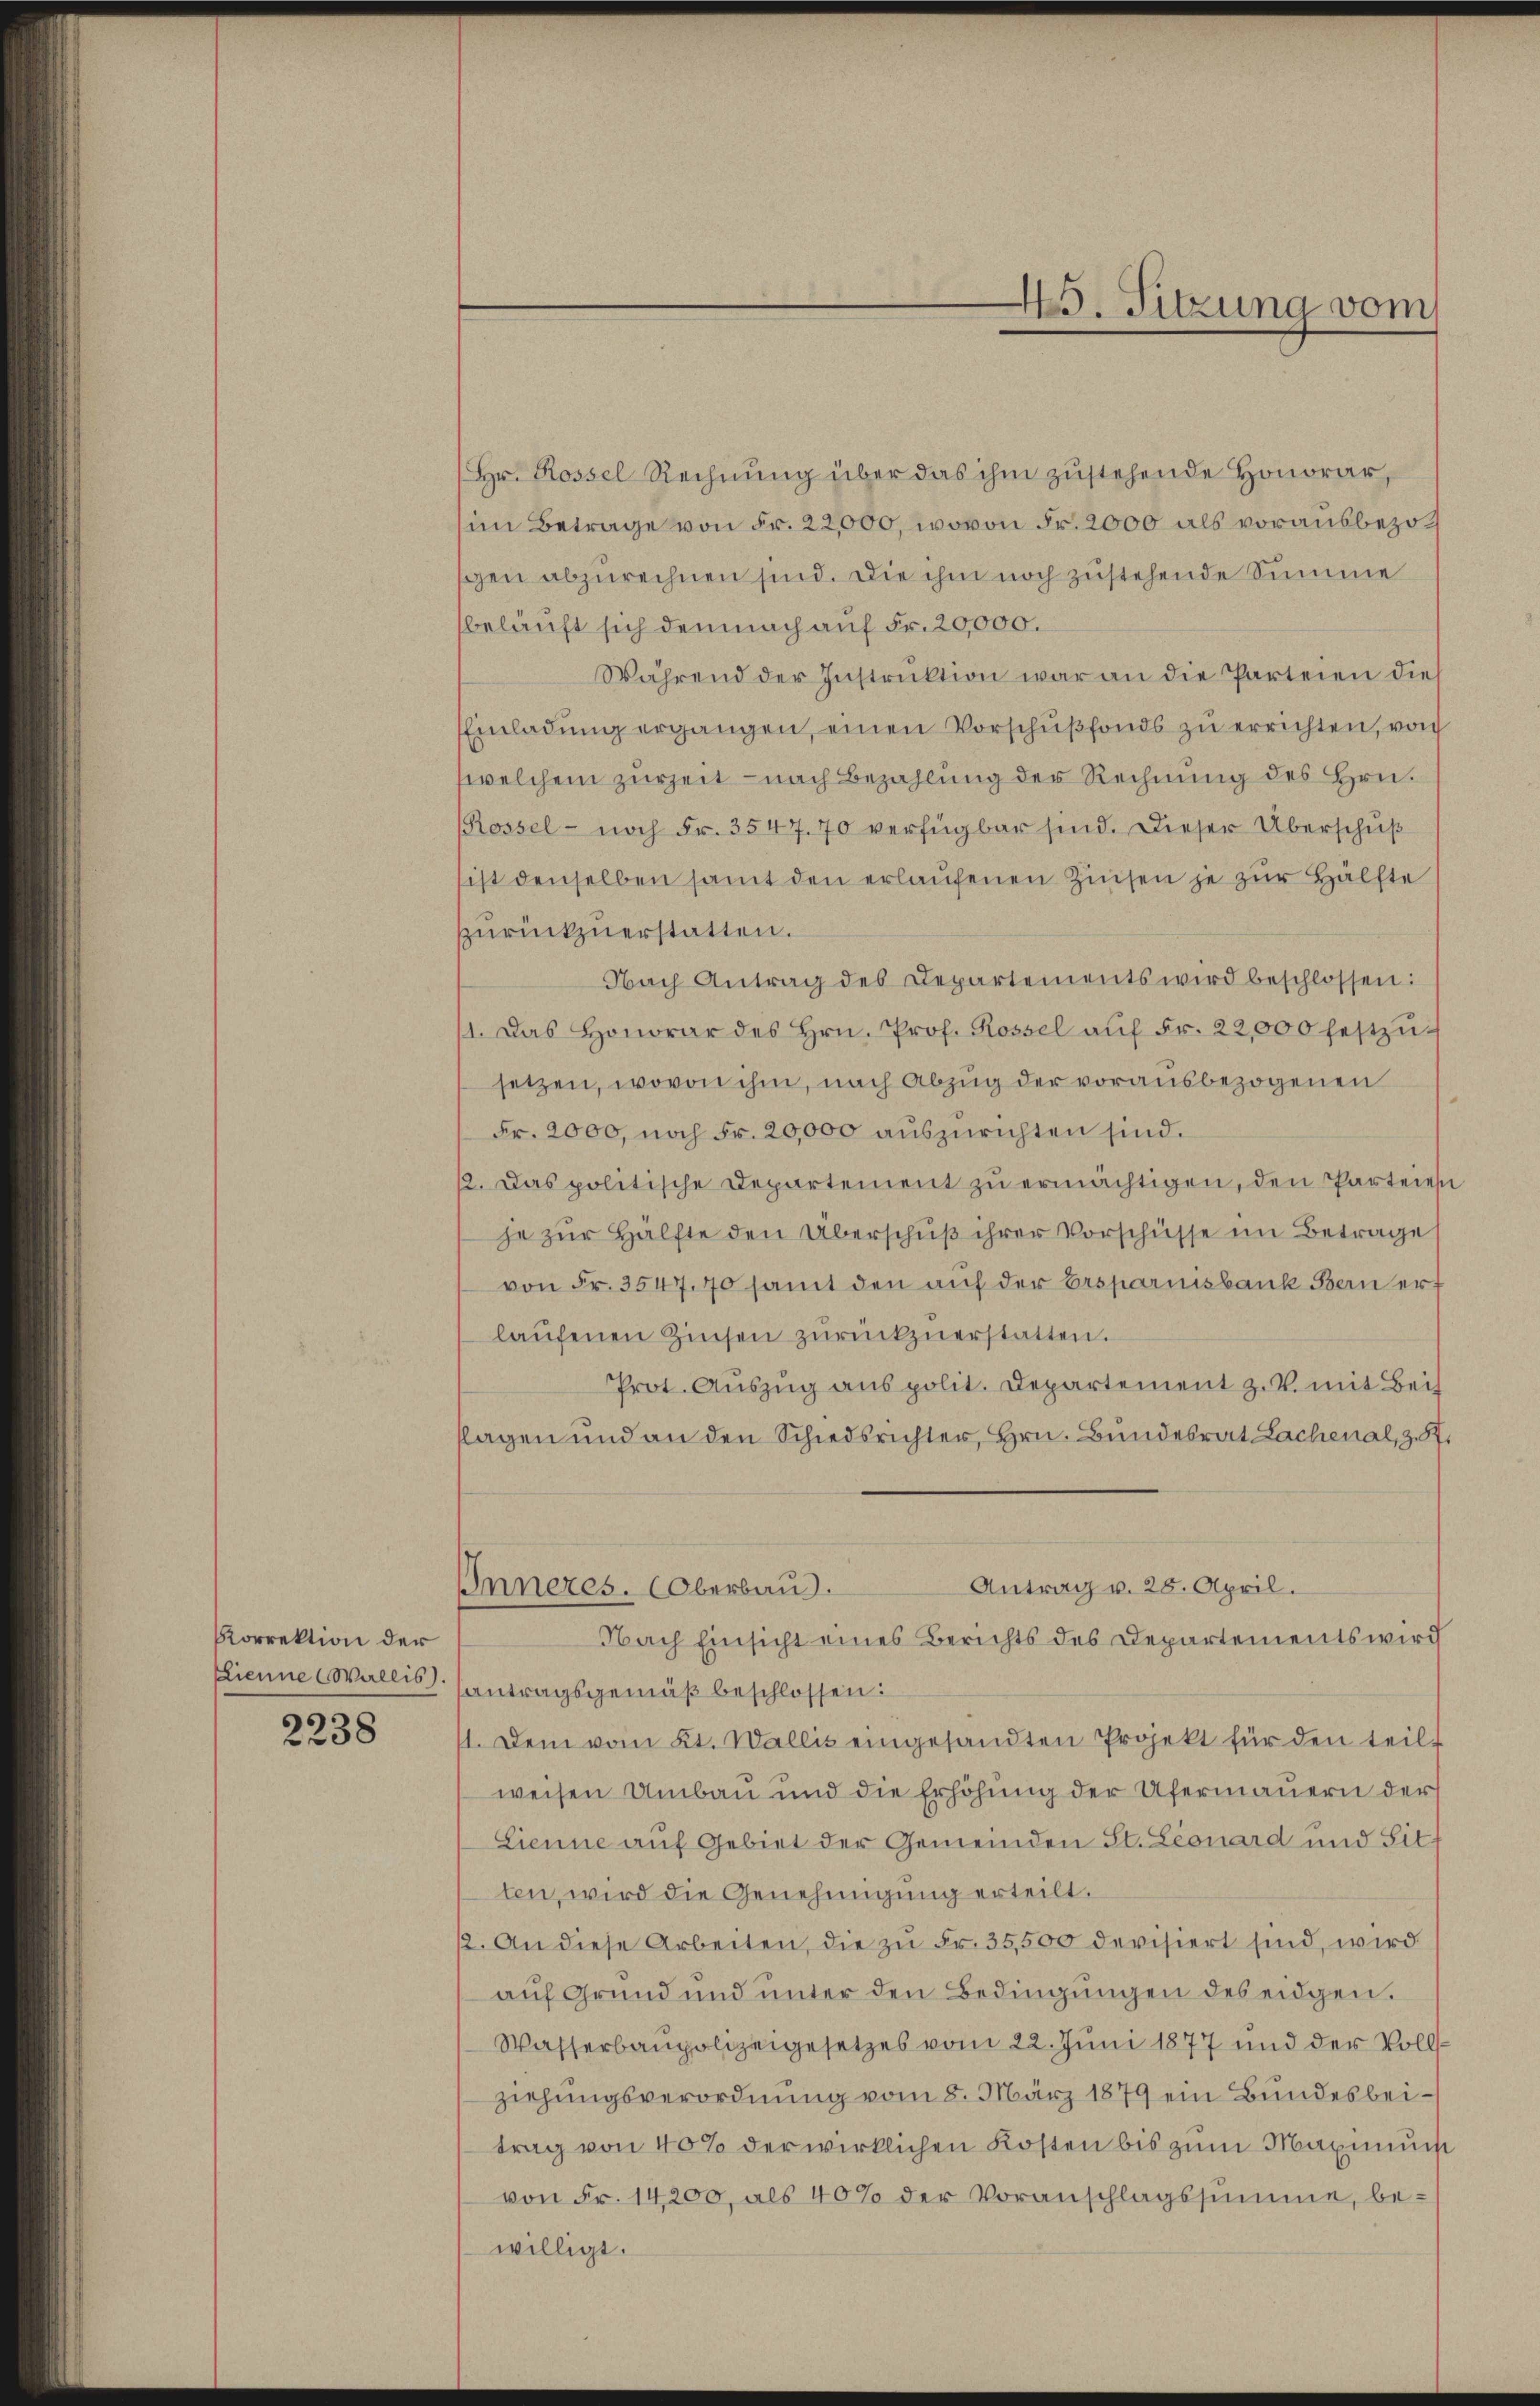
Korrektion der
Lienne (Wallis).

2238

5. Sitzung vom

(Hr. Rossel Rechnŭng über das ihm zustehende Honorar,
im Betrage von Fr. 22,000, wovon Fr. 2000 als vorausbezoschen abzurechnen sind. Die ihm noch zustehende Summe
beläuft sich demnach auf Fr. 20,000.
Während der Instruktion war an die Parteien dies
Einladung ergangen, einen Vorschußfonds zu errichten, von
welchem zurZeit – nach Bezahlung der Rechnung des Hrn.
(Rossel- noch Fr. 3547. 70 verfügbar sind. Dieser Überschuß
sist denselben samt den erlaufenen Zinsen je zur Hälfte
zurückzuerstatten.
Nach Antrag des Departements wird beschlossen:
1. Das Honorar des Hrn. Prof. Rossel aŭf Fr. 22,000 festzusetzen, wovon ihm, nach Abzug der vorausbezogenen
Fr. 2000, noch Fr. 20,000 auszurichten sind.
12. Das politische Departement zŭ ermächtigen, den Parteien
je zŭr Hälfte den Überschŭβ ihrer Vorschüsse im Betrage
von Fr. 3547. 70 samt den auf der Ersparnisbank Bern ert
laŭfenen Zinsen zŭrückzuerstatten.
Prot. Auszug aus polit. Departement z. B. mit Beis
flagen und an den Schiedsrichter, Hrn. Bundesrat Lachenal, z. St.
Antrag v. 25. April.
Inneres. (Oberbau.
Nach Einsicht eines Berichts des Departements wird
antragsgemäß beschlossen:
1. Dem vom 21. Wallis eingesandten Projekt für den teilt
weisen Umbau und die Erhöhung der Ufermauern der
Lienne auf Gebiet der Gemeinden St. Leonard und Sitz
ten, wird die Genehmigung erteilt.
2. An diese Arbeiten, die zu Fr. 35,500 devisiert sind, wird
auf Grund und unter den Bedingungen des eidgen.
Wasserbaupolizeigesetzes vom 22. Juni 1877 und der Vollziehungsverordnung vom 8. März 1879 ein Bundesbeitrag von 40% der wirklichen Kosten bis zum Maximum
von Fr. 14200, als 40% der Voranschlagssumme, bewilligt.